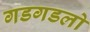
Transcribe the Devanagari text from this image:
गडगडलो